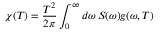
\chi ( T ) = \frac { T ^ { 2 } } { 2 \pi } \int _ { 0 } ^ { \infty } d \omega \, S ( \omega ) g ( \omega , T )